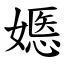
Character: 嫕